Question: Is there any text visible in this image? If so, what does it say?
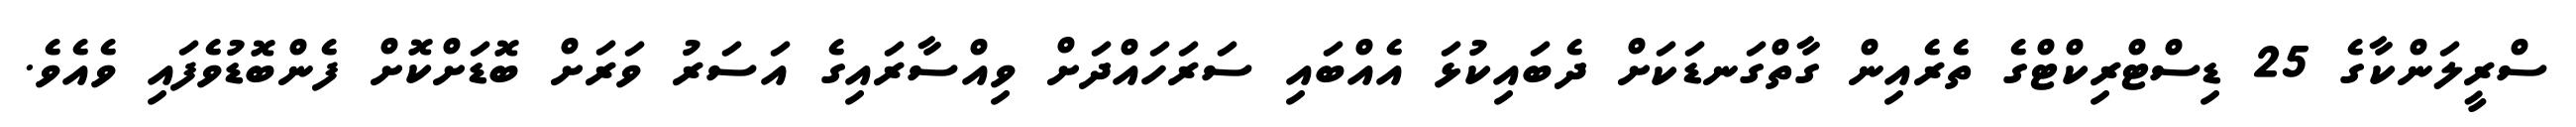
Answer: ސްރީލަންކާގެ 25 ޑިސްޓްރިކްޓްގެ ތެރެއިން ގާތްގަނޑަކަށް ދެބައިކުޅަ އެއްބައި ސަރަހައްދަށް ވިއްސާރައިގެ އަސަރު ވަރަށް ބޮޑަށްކޮށް ފެންބޮޑުވެފައި ވެއެވެ.